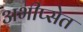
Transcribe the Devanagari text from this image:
अभीप्सेत